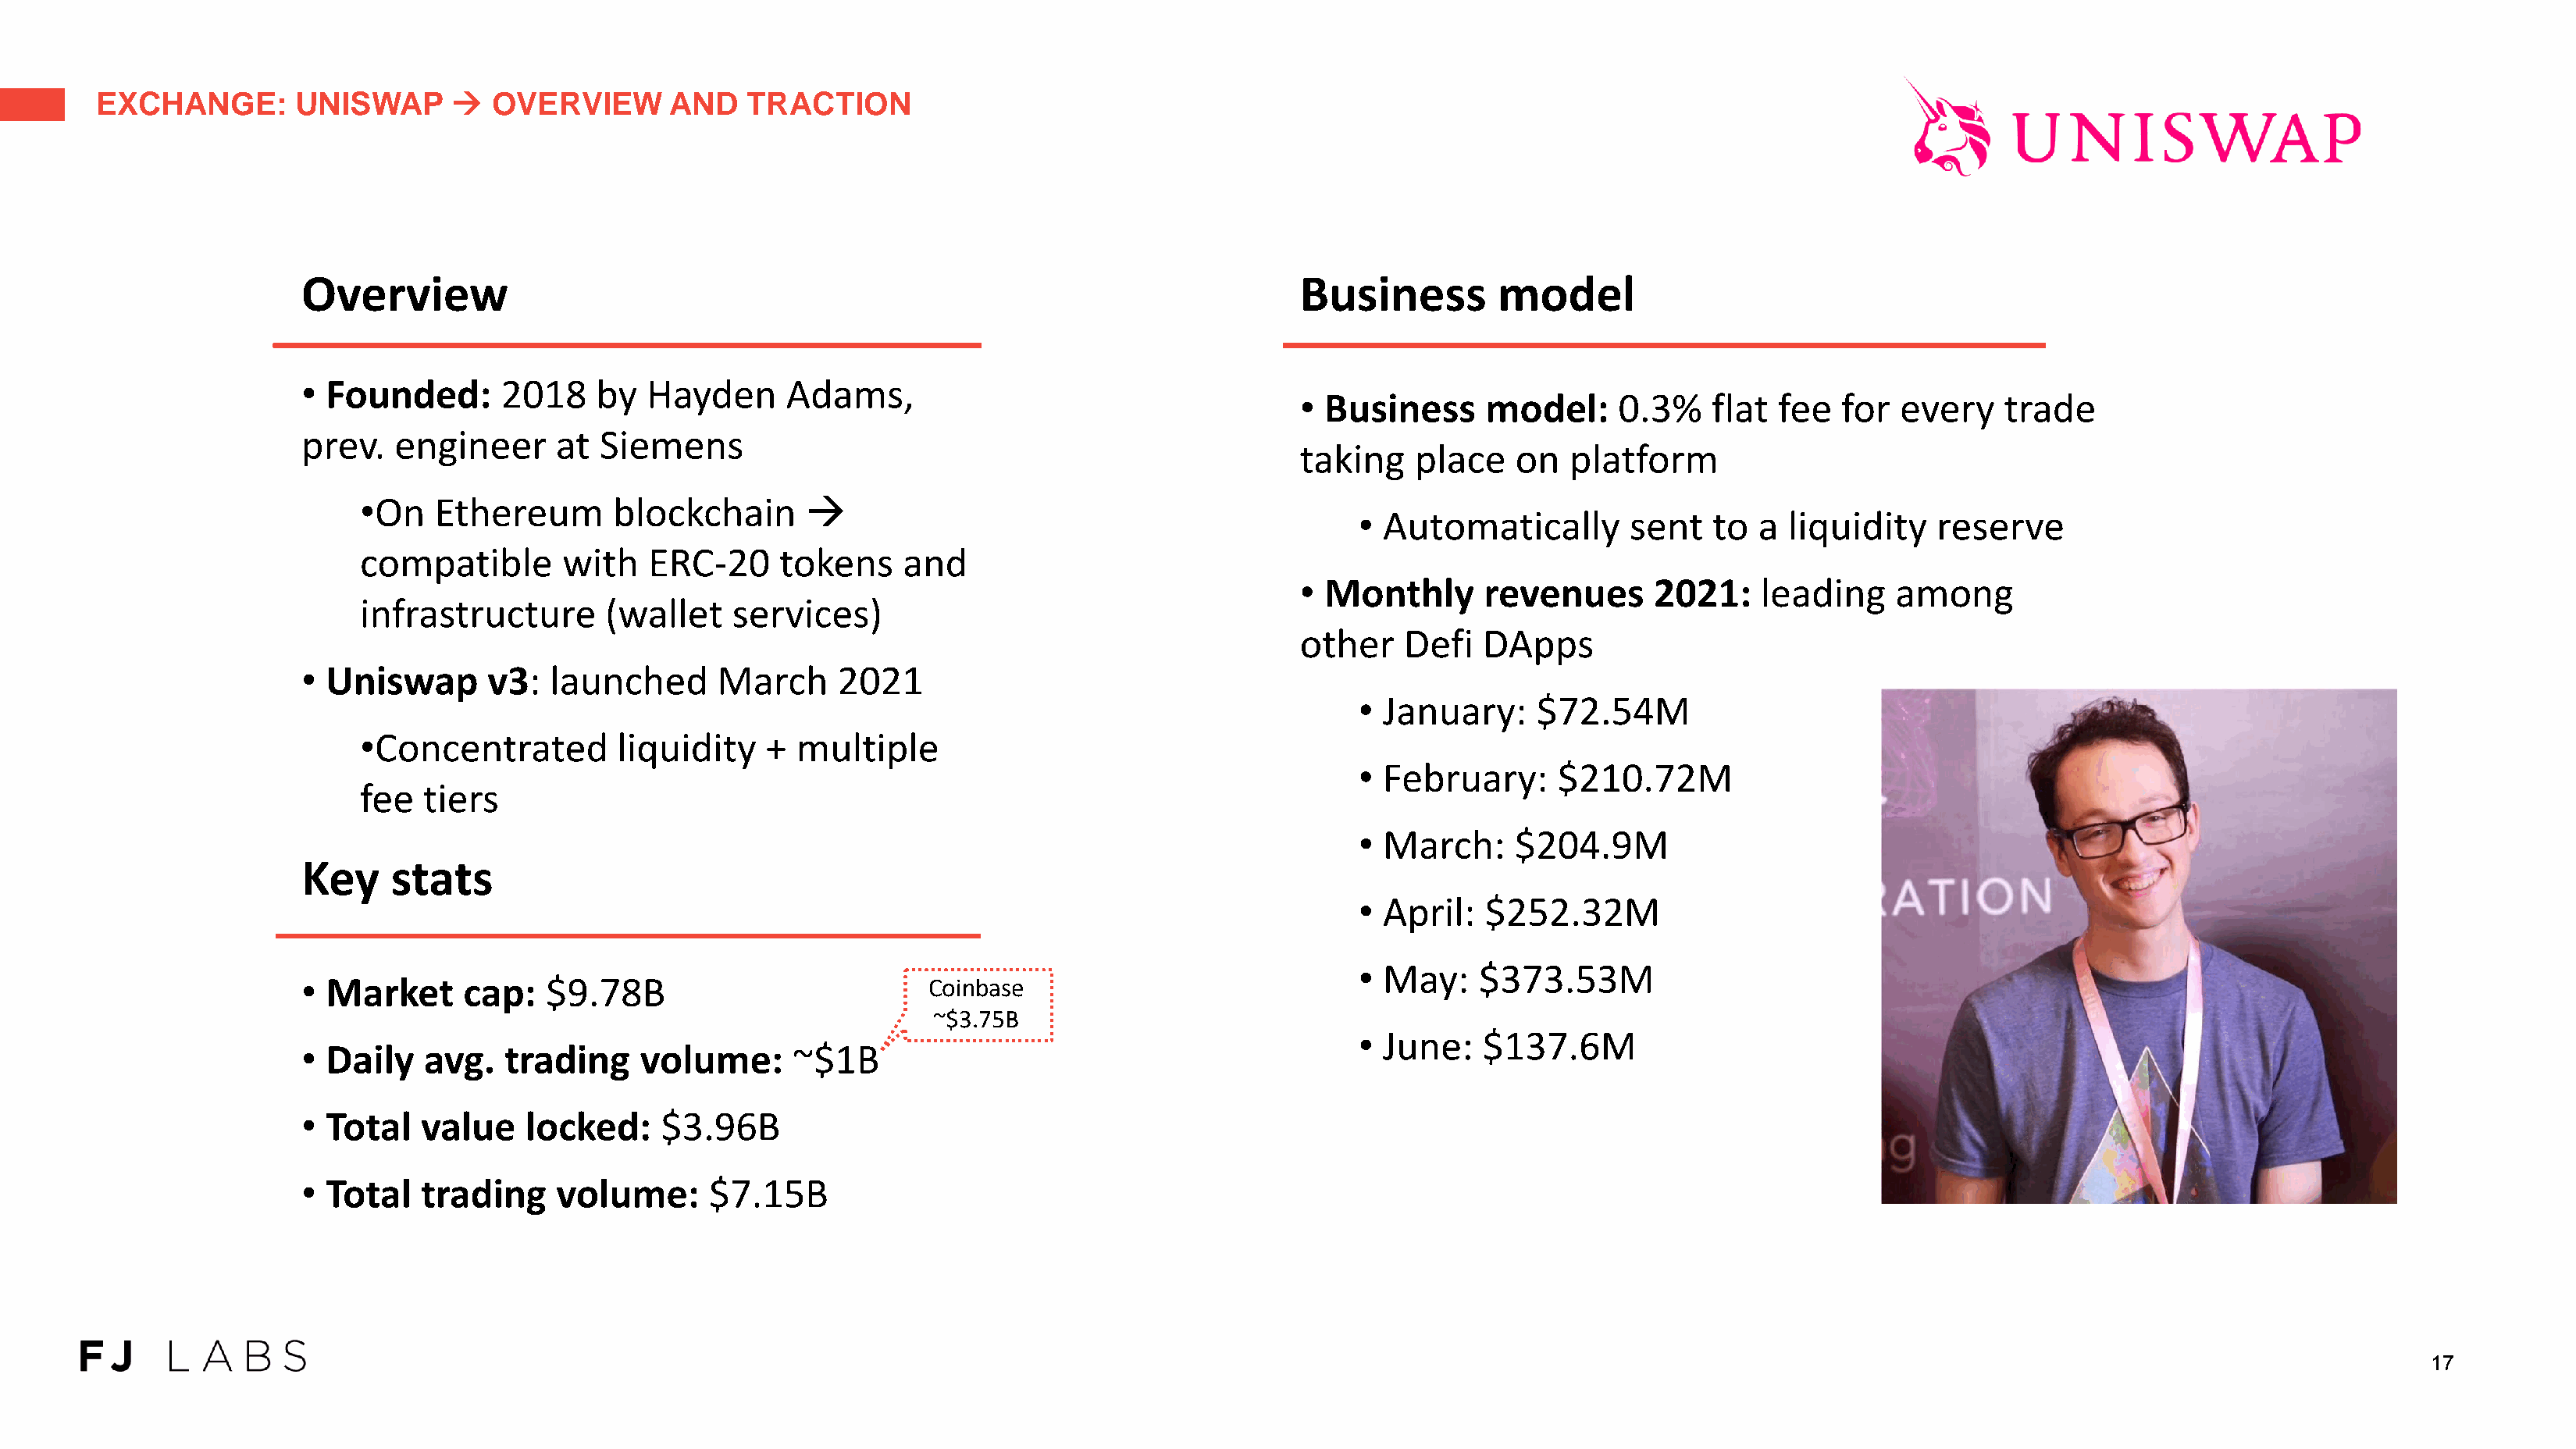
EXCHANGE:        UNISWAP      →   OVERVIEW       AND   TRACTION
 Overview                                                                            Business         model
 • Founded:      2018     by  Hayden      Adams,
 • Business      model:     0.3%    flat  fee  for  every    trade
 prev.  engineer      at  Siemens
 taking    place   on   platform
 •On   Ethereum       blockchain      →
 • Automatically        sent   to  a  liquidity   reserve
 compatible       with   ERC-20     tokens     and
 • Monthly       revenues      2021:    leading     among
 infrastructure      (wallet    services)
 other    Defi   DApps
 • Uniswap      v3:   launched      March     2021
 • January:     $72.54M
 •Concentrated        liquidity    +  multiple
 • February:      $210.72M
 fee  tiers
 • March:     $204.9M
 Key    stats
 • April:   $252.32M
 • May:    $373.53M
 • Market     cap:   $9.78B                           Coinbase
 ~$3.75B
 • June:    $137.6M
 • Daily   avg.   trading    volume:      ~$1B
 • Total   value    locked:    $3.96B
 • Total   trading    volume:      $7.15B
 17